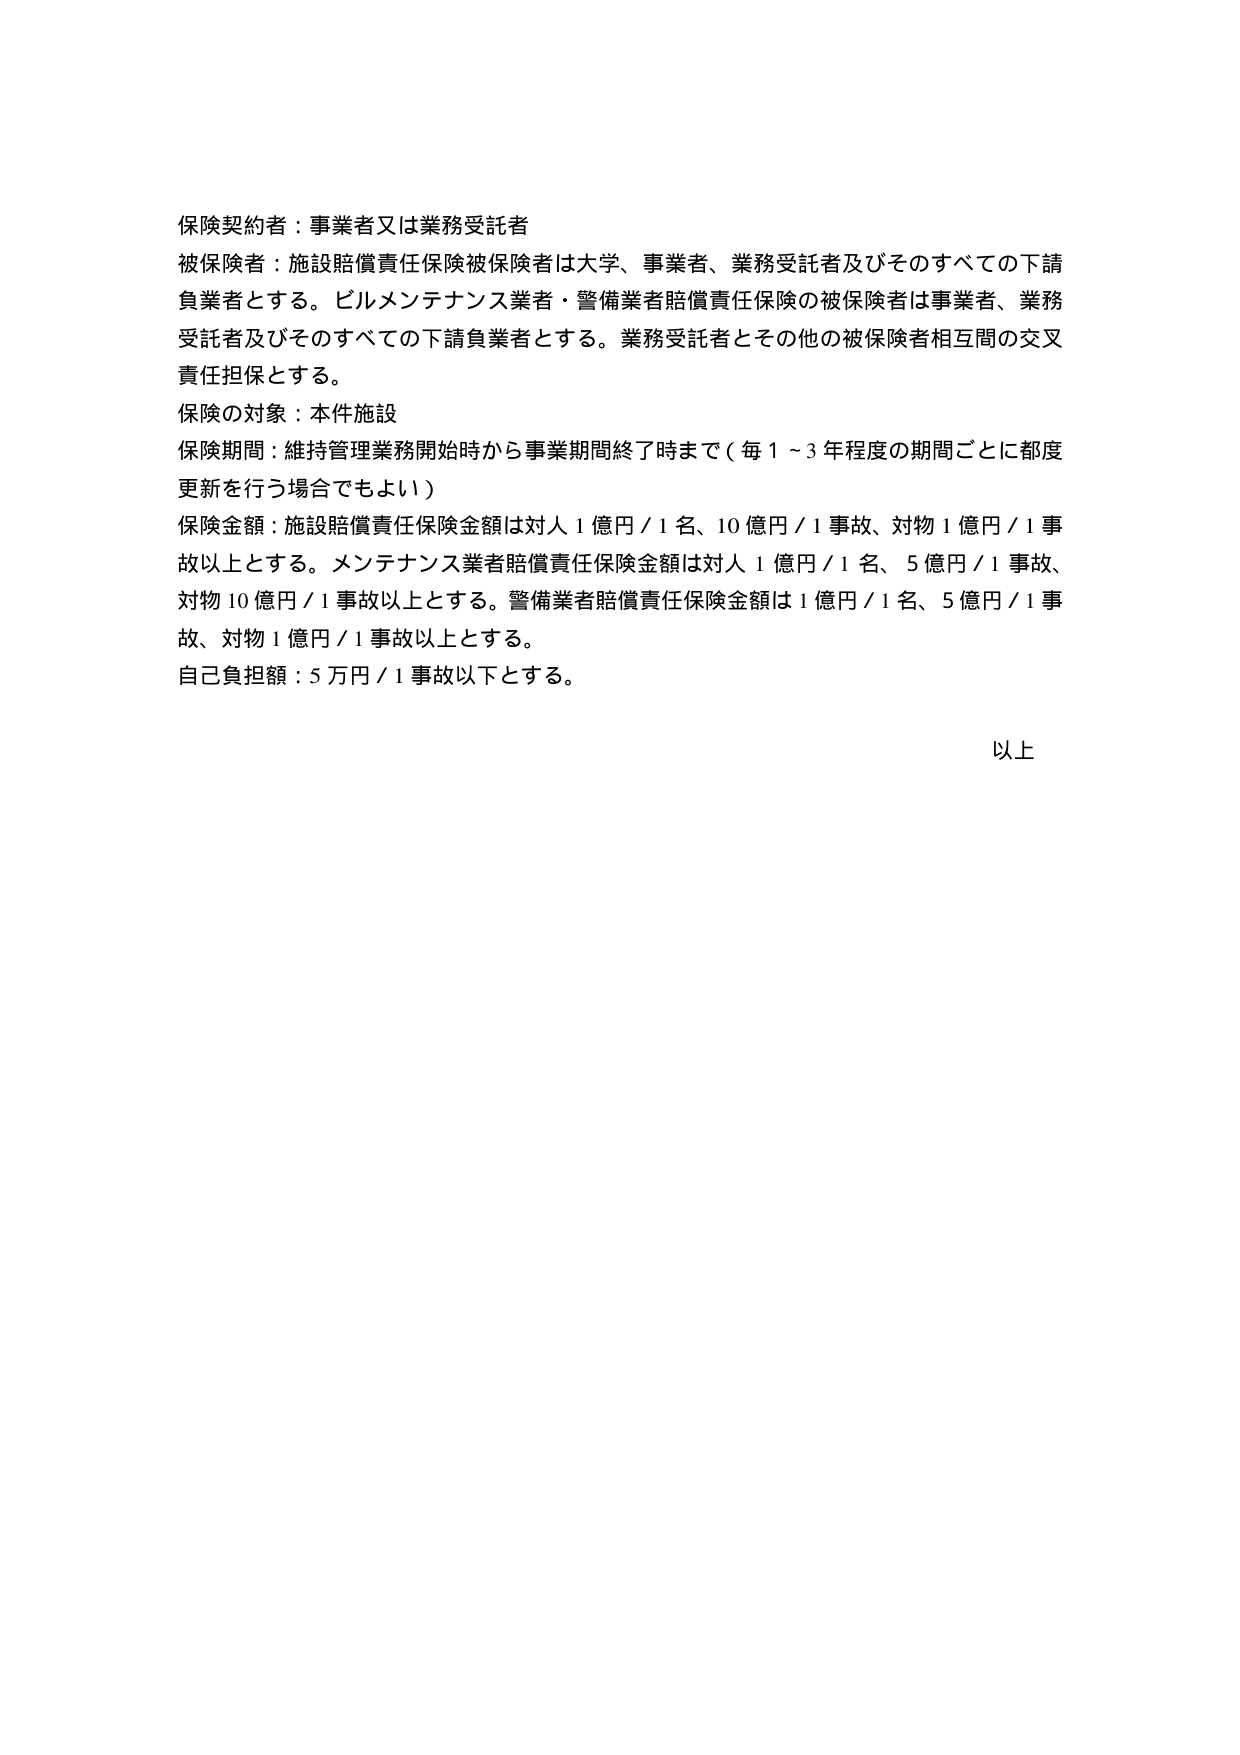
保険契約者：事業者又は業務受託者
被保険者：施設賠償責任保険被保険者は大学、事業者、業務受託者及びそのすべての下請負業者とする。ビルメンテナンス業者・警備業者賠償責任保険の被保険者は事業者、業務受託者及びそのすべての下請負業者とする。業務受託者とその他の被保険者相互間の交叉責任担保とする。
保険の対象：本件施設
保険期間：維持管理業務開始時から事業期間終了時まで（毎1～3年程度の期間ごとに都度更新を行う場合でもよい）
保険金額：施設賠償責任保険金額は対人1億円／1名、10億円／1事故、対物1億円／1事故以上とする。メンテナンス業者賠償責任保険金額は対人1億円／1名、5億円／1事故、対物10億円／1事故以上とする。警備業者賠償責任保険金額は1億円／1名、5億円／1事故、対物1億円／1事故以上とする。
自己負担額：5万円／1事故以下とする。
以上